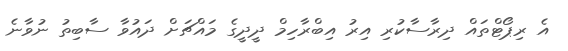
އެ ރިޕޯޓްތައް ދިރާސާކުރި އިރު އިބްރާހިމް ދީދީގެ މައްޗަށް ދައުވާ ސާބިތު ނުވާނެ